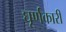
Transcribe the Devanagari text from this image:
घूर्णकारी